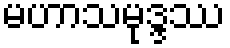
မဟာသမုဒ္ဒဿ